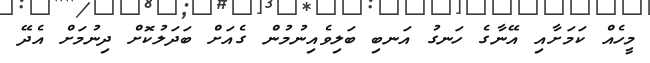
މީހެއް ކަމަށާއި އޭނާގެ ހަނގު އަނބި ބަލިވެއިނުމުން ގެއަށް ބަދަލުކޮށް ދިނުމަށް އެދޭ